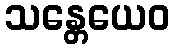
သန္တေယေဝ